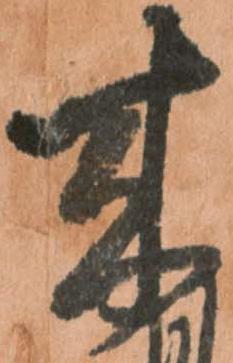
来